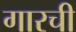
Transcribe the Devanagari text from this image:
गारची